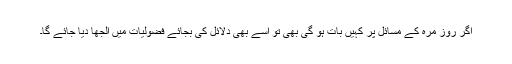
اگر روز مرہ کے مسائل پر کہیں بات ہو گی بھی تو اسے بھی دلائل کی بجائے فضولیات میں الجھا دیا جائے گا۔